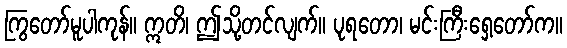
ကြွတော်မူပါကုန်။ ဣတိ၊ ဤသို့တင်လျက်။ ပုရတော၊ မင်းကြီးရှေ့တော်က။